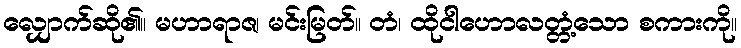
လျှောက်ဆို၏။ မဟာရာဇ၊ မင်းမြတ်။ တံ၊ ထိုငါဟောလတ္တံ့သော စကားကို။